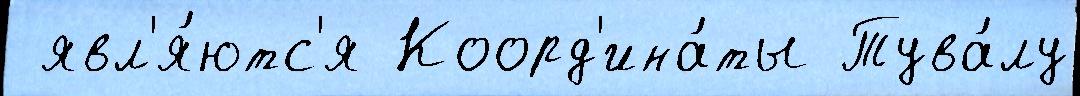
 явл'я́ютс'я Коорд'ина́ты Тува́лу